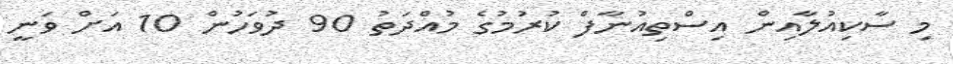
މި ސާކިއުލާއިން އިސްތިއުނާފް ކުރުމުގެ މުއްދަތު 90 ދުވަހުން 10 އަށް ވަނީ